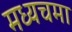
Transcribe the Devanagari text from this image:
मध्यचमा